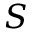
S